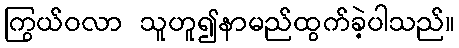
ကြွယ်ဝလာ သူဟူ၍နာမည်ထွက်ခဲ့ပါသည်။